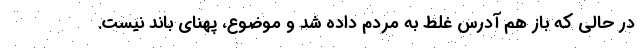
در حالی که باز هم آدرس غلط به مردم داده شد و موضوع، پهنای باند نیست.